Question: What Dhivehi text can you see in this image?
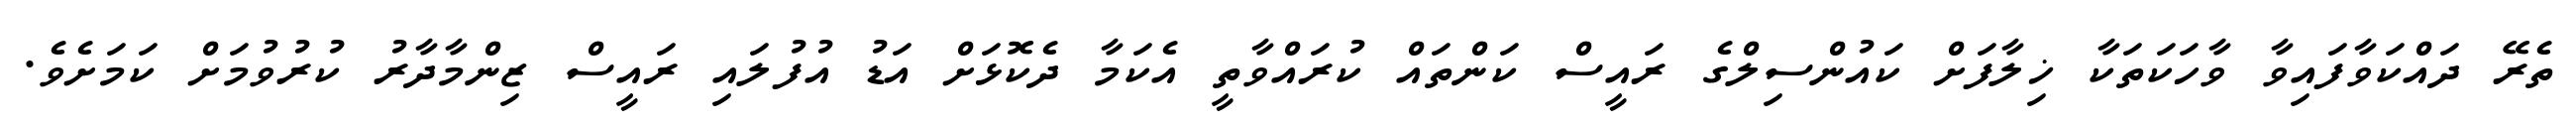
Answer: ތެރޭ ދައްކަވާފައިވާ ވާހަކަތަކާ ޚިލާފަށް ކައުންސިލްގެ ރައީސް ކަންތައް ކުރައްވާތީ އެކަމާ ދެކޮޅަށް އަޑު އުފުލައި ރައީސް ޒިންމާދާރު ކުރުވުމަށް ކަމަށެވެ.